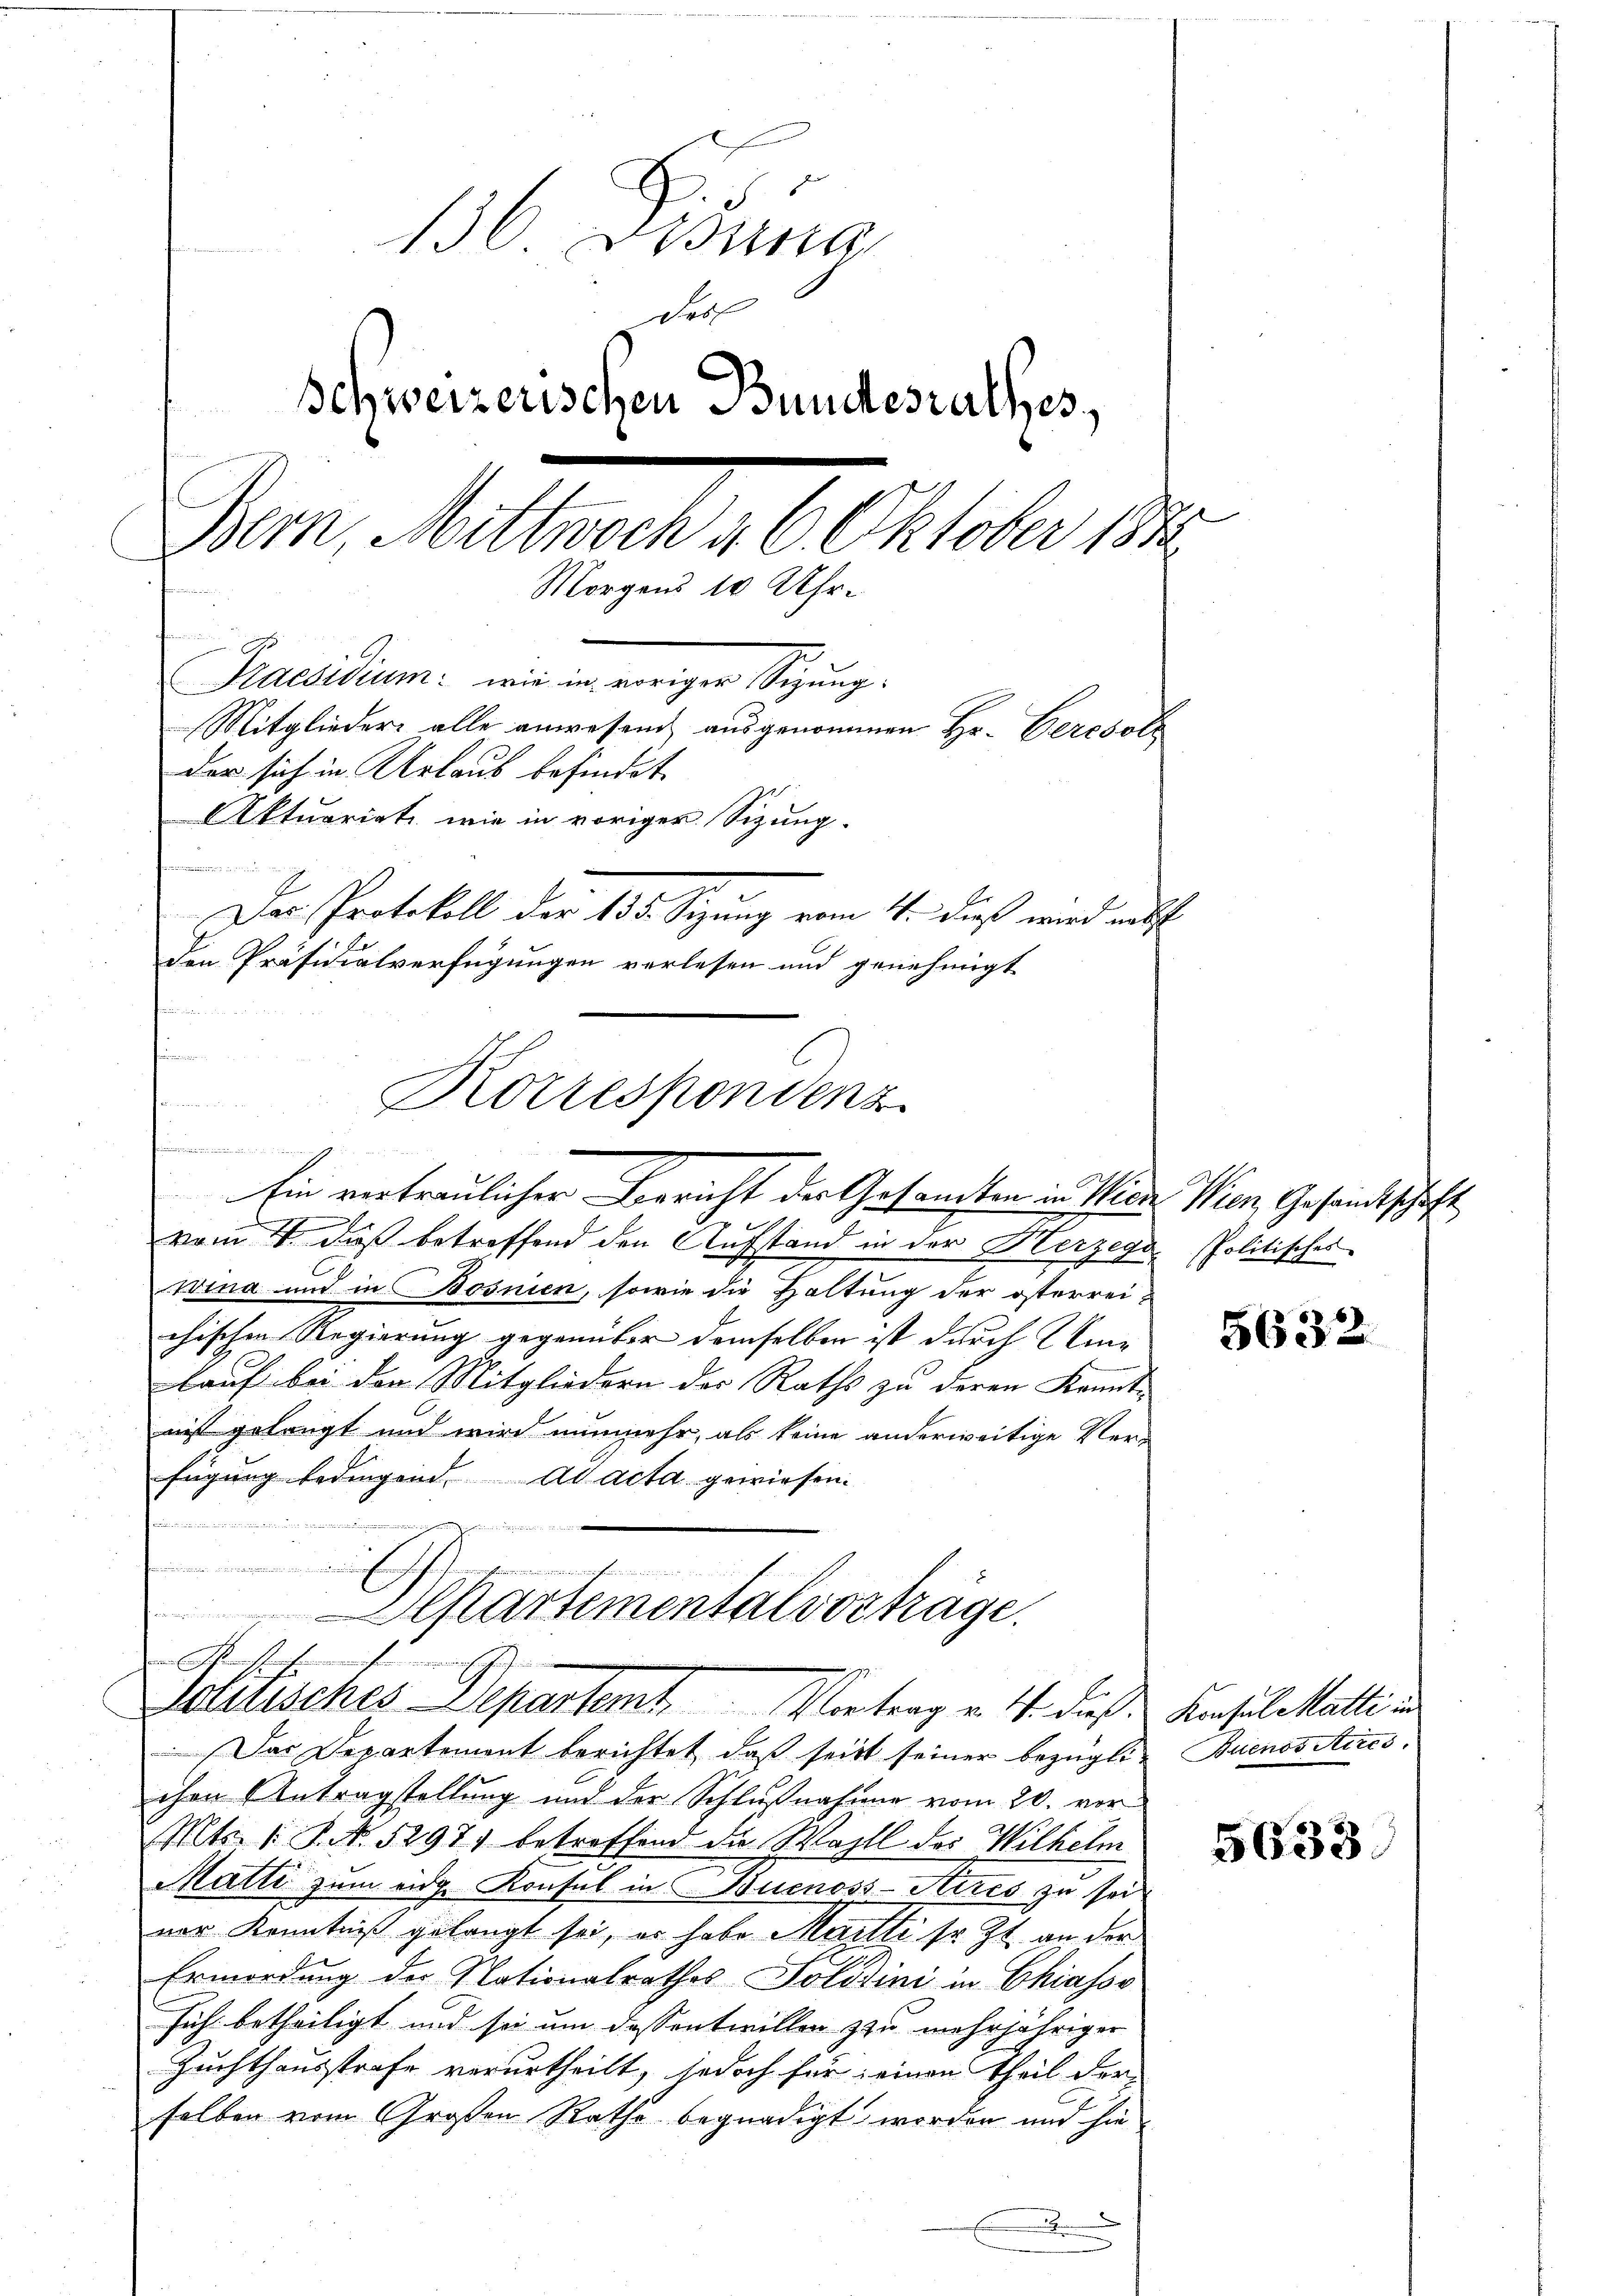
136 Dibung
das
Schweizerischen Bundesrathes,
Bern, Mittwoch a 6. Oktober 1872
Morgens 10 Uhr.
A
Praesidium wie in voriger Sitzung.
Mitglieder alle anwesend ausgenommen Hr. Ceresol
der sich in Urlaub befindet.
Aktuariati wie in voriger Sizung.
mmimannimmen un
Das Protokoll der 135. Sizung vom 4. dieß wird nebst
Den Präsidialverfügungen verlesen und genehmigt

.
Korrespondenz
Grunderung in den den in die deren sich, und wo ein werden
Ein vertraulicher Bericht der Gesandten in Sin

—
vom 4. daß betreffend den Aufstand in der Merzegowina und in Bosnien, sowie die Haltung der österrei-
chischen Regierung gegenüber demselben ist durch Winlauf bei den Mitgliedern der Raths zu deren Kennt-
nist gelangt und wird nunmehr, als keine anderweitige Verfügung bedingend. Ad acta gewiesen.
e

u
uften niemann
lkartementalvortrage.

Das Departemont berichtet, daß seit seiner bezügli- Buenos Aires.
chen Antragstellung und der Schlußnahme vom 20. vor¬
Mts. 1 S. N. 52971 betreffend die Wahll des Wilhelm
Matti zum eine Konsul in Buenoss-Aires zu sei
ner Kenntniß gelangt sei, er habe Marti sr. Zt. an der
Ermordung des Nationalrathes Politini in Chiasso
Jich betheiligt und sei um dassentwillen zu mehrjähriger
Zuchthausstrafe verurtheilt, jedoch für seinen Theil der
selben vom Großen Rathe begnadigt worden und hie
E

Verstehenen seinen Ehe
Solisches Departemt. Vortrag v. 4. dieß.

Min Gesandtschaft
Politisches

5632.

Konsul Matti in

5633.